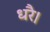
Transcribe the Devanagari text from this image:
धरै।